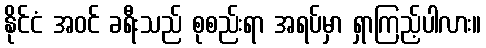
နိုင်ငံ အဝင် ခရီးသည် စုစည်းရာ အရပ်မှာ ရှာကြည့်ပါလား။